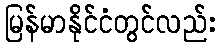
မြန်မာနိုင်ငံတွင်လည်း